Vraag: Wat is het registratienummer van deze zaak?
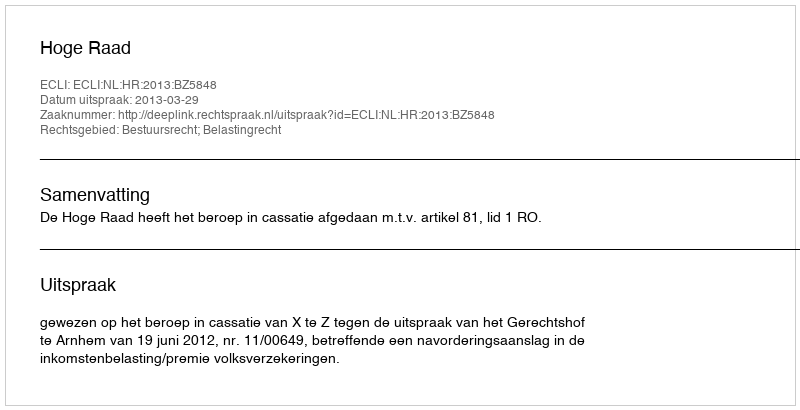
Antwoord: http://deeplink.rechtspraak.nl/uitspraak?id=ECLI:NL:HR:2013:BZ5848